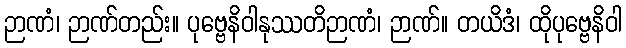
ဉာဏံ၊ ဉာဏ်တည်း။ ပုဗ္ဗေနိဝါနုဿတိဉာဏံ၊ ဉာဏ်။ တယိဒံ၊ ထိုပုဗ္ဗေနိဝါ